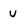
Character: U